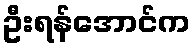
ဦးရန်အောင်က